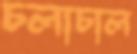
চলাচাল